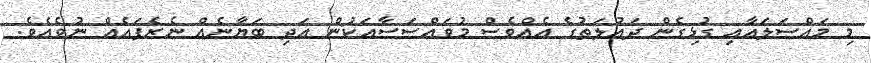
މި މައްސަލައާއި ގުޅިގެން ދައުލަތުގެ އެއްވެސް މުވައްސަސާއަކުން އަދި ބަޔާނެއް ނެރެފައެއް ނުވެއެވެ.